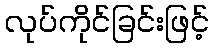
လုပ်ကိုင်ခြင်းဖြင့်